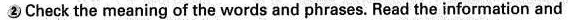
② Check the meaning of the words and phrases. Read the information and